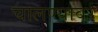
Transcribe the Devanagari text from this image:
चालण्यावर